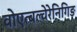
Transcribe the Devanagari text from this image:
वोएत्बल्वेरेनिगिङ